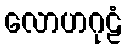
လောဟဂုဠံ